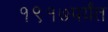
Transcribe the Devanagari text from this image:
१९१७पर्यंत